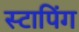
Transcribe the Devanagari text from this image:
स्टापिंग